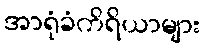
အာရုံခံကိရိယာများ